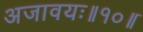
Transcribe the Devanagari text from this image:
अजावयः॥१०॥